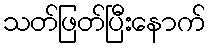
သတ်ဖြတ်ပြီးနောက်